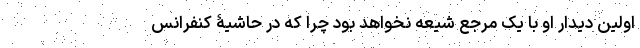
اولین دیدار او با یک مرجع شیعه نخواهد بود چرا که در حاشیۀ کنفرانس